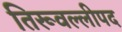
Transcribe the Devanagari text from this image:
तिरूवल्लीपद